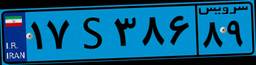
۷۰S۴۰۱۰۹